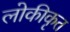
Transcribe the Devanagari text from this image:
लोकीकृत